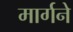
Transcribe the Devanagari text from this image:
मार्गने